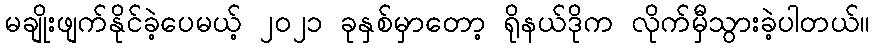
မချိုးဖျက်နိုင်ခဲ့ပေမယ့် ၂၀၂၁ ခုနှစ်မှာတော့ ရိုနယ်ဒိုက လိုက်မှီသွားခဲ့ပါတယ်။